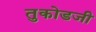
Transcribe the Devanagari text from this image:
तुकोडजी